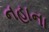
નહાના